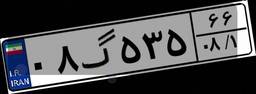
۰۸گ۵۳۵۶۶